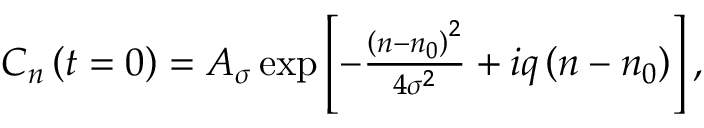
\begin{array} { r } { C _ { n } \left( t = 0 \right) = A _ { \sigma } \exp \left[ - \frac { \left( n - n _ { 0 } \right) ^ { 2 } } { 4 \sigma ^ { 2 } } + i q \left( n - n _ { 0 } \right) \right] , } \end{array}